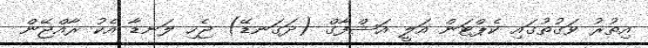
އިތުރު ވަގުތުގައި ކެޕްޓަން އަލީ އަޝްފާގް (ދަގަނޑޭ) ޖެހި ލަނޑާ އެކު ރާއްޖޭން